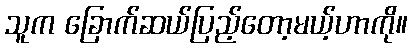
သူက ခြောက်ဆယ်ပြည့်တော့မယ့်ဟာကို။